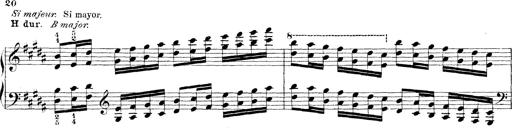
Title: Technische Studien
Composer: Franz Liszt